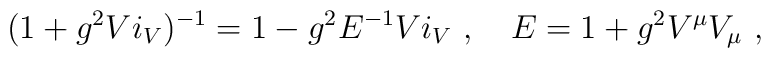
(1 + g^2 V i_V)^{-1} = 1 - g^2 E^{-1} V i_V\ ,\quad  E = 1 + g^2 V^\mu V_\mu\ ,